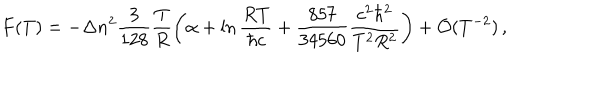
F ( T ) = - \Delta n ^ { 2 } \frac { 3 } { 1 2 8 } \frac { T } { R } \left( \alpha + \ln \frac { R T } { \hbar c } + \frac { 8 5 7 } { 3 4 5 6 0 } \frac { c ^ { 2 } \hbar ^ { 2 } } { T ^ { 2 } R ^ { 2 } } \right) + { \cal O } ( T ^ { - 2 } ) \, { , }